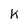
Character: k